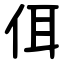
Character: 佴